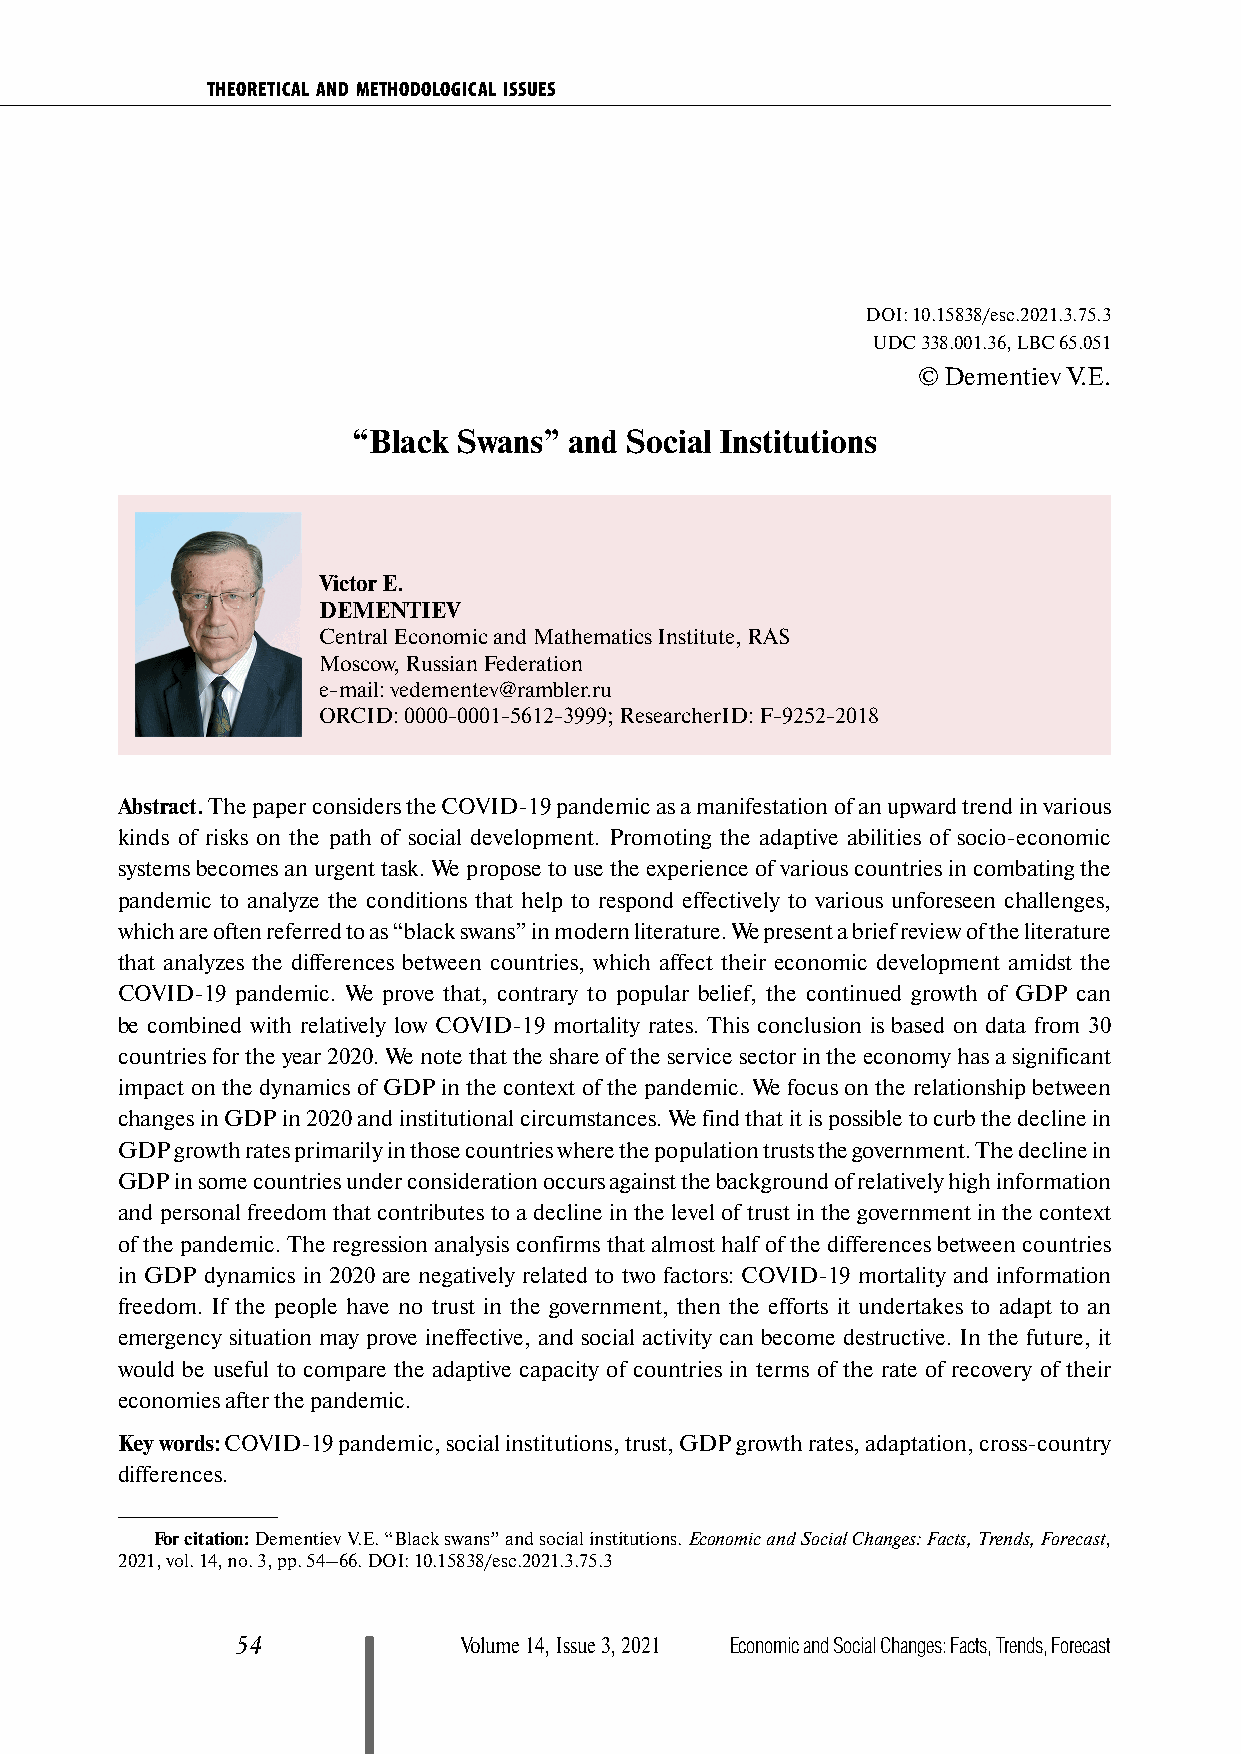
THEORETICAL AND METHODOLOGICAL ISSUES
 DOI: 10.15838/esc.2021.3.75.3
 UDC 338.001.36, LBC 65.051
 © Dementiev V.E.
 “Black Swans”  and Social Institutions
 Victor E.
 DEMENTIEV
 Central Economic and Mathematics Institute, RAS
 Moscow, Russian Federation
 e-mail: vedementev@rambler.ru
 ORCID: 0000-0001-5612-3999; ResearcherID: F-9252-2018
 Abstract. The paper considers the COVID-19 pandemic as a manifestation of an upward trend in various
 kinds of risks on the path of social development. Promoting the adaptive abilities of socio-economic
 systems becomes an urgent task. We propose to use the experience of various countries in combating the
 pandemic to analyze the conditions that help to respond effectively to various unforeseen challenges,
 which are often referred to as “black swans” in modern literature. We present a brief review of the literature
 that analyzes the differences between countries, which affect their economic development amidst the
 COVID-19 pandemic. We prove that, contrary to popular belief, the continued growth of GDP can
 be combined with relatively low COVID-19 mortality rates. This conclusion is based on data from 30
 countries for the year 2020. We note that the share of the service sector in the economy has a significant
 impact on the dynamics of GDP in the context of the pandemic. We focus on the relationship between
 changes in GDP in 2020 and institutional circumstances. We find that it is possible to curb the decline in
 GDP growth rates primarily in those countries where the population trusts the government. The decline in
 GDP in some countries under consideration occurs against the background of relatively high information
 and personal freedom that contributes to a decline in the level of trust in the government in the context
 of the pandemic. The regression analysis confirms that almost half of the differences between countries
 in GDP dynamics in 2020 are negatively related to two factors: COVID-19 mortality and information
 freedom. If the people have no trust in the government, then the efforts it undertakes to adapt to an
 emergency situation may prove ineffective, and social activity can become destructive. In the future, it
 would be useful to compare the adaptive capacity of countries in terms of the rate of recovery of their
 economies after the pandemic.
 Key words: COVID-19 pandemic, social institutions, trust, GDP growth rates, adaptation, cross-country
 differences.
 For citation: Dementiev V.E. “Black swans” and social institutions. Economic and Social Changes: Facts, Trends, Forecast,
 2021, vol. 14, no. 3, pp. 54–66. DOI: 10.15838/esc.2021.3.75.3
 54            Volume 14, Issue 3, 2021 Economic and Social Changes: Facts, Trends, Forecast